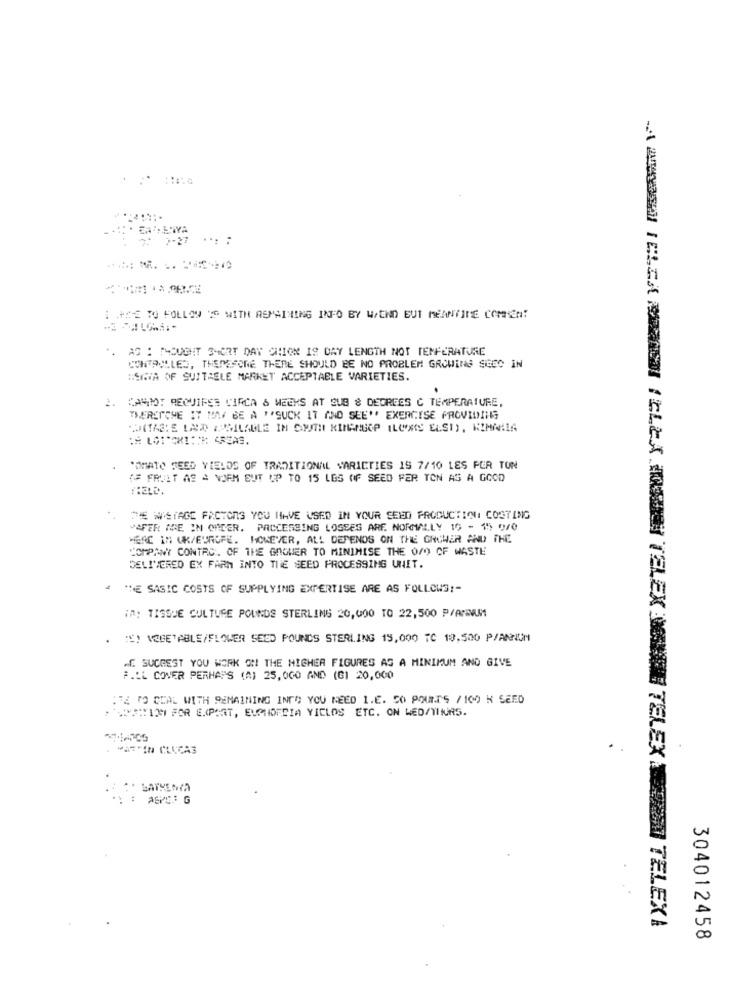
1 .HE TO FOLLOW IS WITH REMAINING INTO BY W/END BUT MEANTIME COMISEN!
". AS : THOUGHT 3MORT DAY CHION IS DAY LENGTH NOT TEMPERATURE
CONTROLLED, THEREFORE THERE SHOULD BE NO PROBLEM GROWING SECO IN
"SIRIA OF SUITAELE MARKET ACCEPTABLE VARIETIES.
.
2. PARMI REQUIRES CIRCA 6 WEEKS AT SUS & DEGREES C TEMPERATURE,
THERETCHE IT MAY BE A ""SUCK IT AND SEE" EXERCISE PROVIDING
HOITALIE LALD APMILABLE IN SOUTH RIMANGOP ILCXS ELST), KIMANIA
*OMATO FEED YIELDS OF TRADITIONAL VARIETIES 19 7/10 LES PER TUN
( FRUIT AS A VJEM EUT UP TO 15 LES OF SEED FER TON AS A GOOD
HIELD.
TE WISTAGE FACTORS YOU HAVE USED IN YOUR SEED PRODUCTION COSTING
AFER IRE IN ORDER. PACCESSING LOSSES ARE. NORMALLY 15 - 15 9/0
MERC IN UK/EUROPE. HOWEVER, ALL DEPENDS ON THE GROWER AND THE
COMPANY CONTRO. OF THE GROWER TO MINIMISE THE 0/O OF WASTE
DELIVERED EX FARM INTO THE SEED PROCESSING UNIT.
THE SASIC COSTS OF SUPPLYING EXPERTISE ARE AS FOLLOWS :-
IA: TISSUE CULTURE POUNDS STERLING 20,000 TO 22,500 P/ANIUM
IS! VEGETABLE/FLOWER SEED POUNDS STERLING 15,000 TC 19.500 P/ANNUN
MC SUGGEST YOU WORK ON THE HIGHER FIGURES AS A MINIMUM AND GIVE
F.LL COVER PERHAPS (A) 25,000 AND (G1 20,000
FE TO DEAL WITH REMAINING INTO YOU NEED 1.E. 50 POUNDS / 100 K SEED
SITIO FOR EXPORT, EUPHORBIA YICLOS ETC. ON WED/TINUAS.
WATIN CLUCAS
SATVENTA
: AEVO: G
-A AIMERAI TELIA FERIEN TELLA FREIEN TELEX MORIRE TELEX DE
TELEXI
304012458